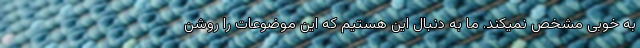
به خوبی مشخص نمیکند. ما به دنبال این هستیم که این موضوعات را روشن